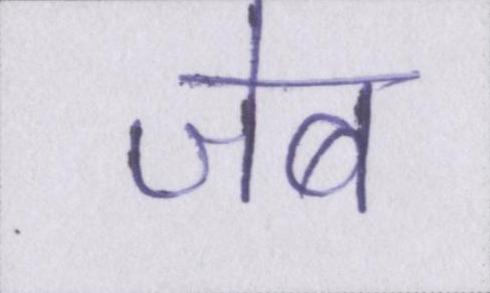
जेब